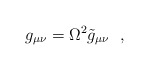
\begin{align*}g_{\mu \nu}=\Omega^2 \tilde g_{\mu \nu} \ \ ,\end{align*}